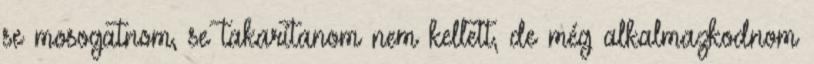
se mosogatnom, se takarítanom nem kellett, de még alkalmazkodnom